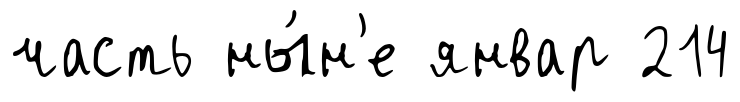
часть ны́н'е январ 214